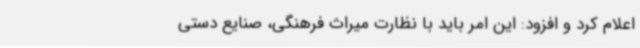
اعلام کرد و افزود: این امر باید با نظارت میراث فرهنگی، صنایع دستی